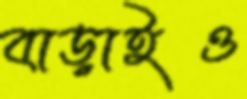
বাড়াইও